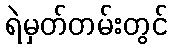
ရဲမှတ်တမ်းတွင်